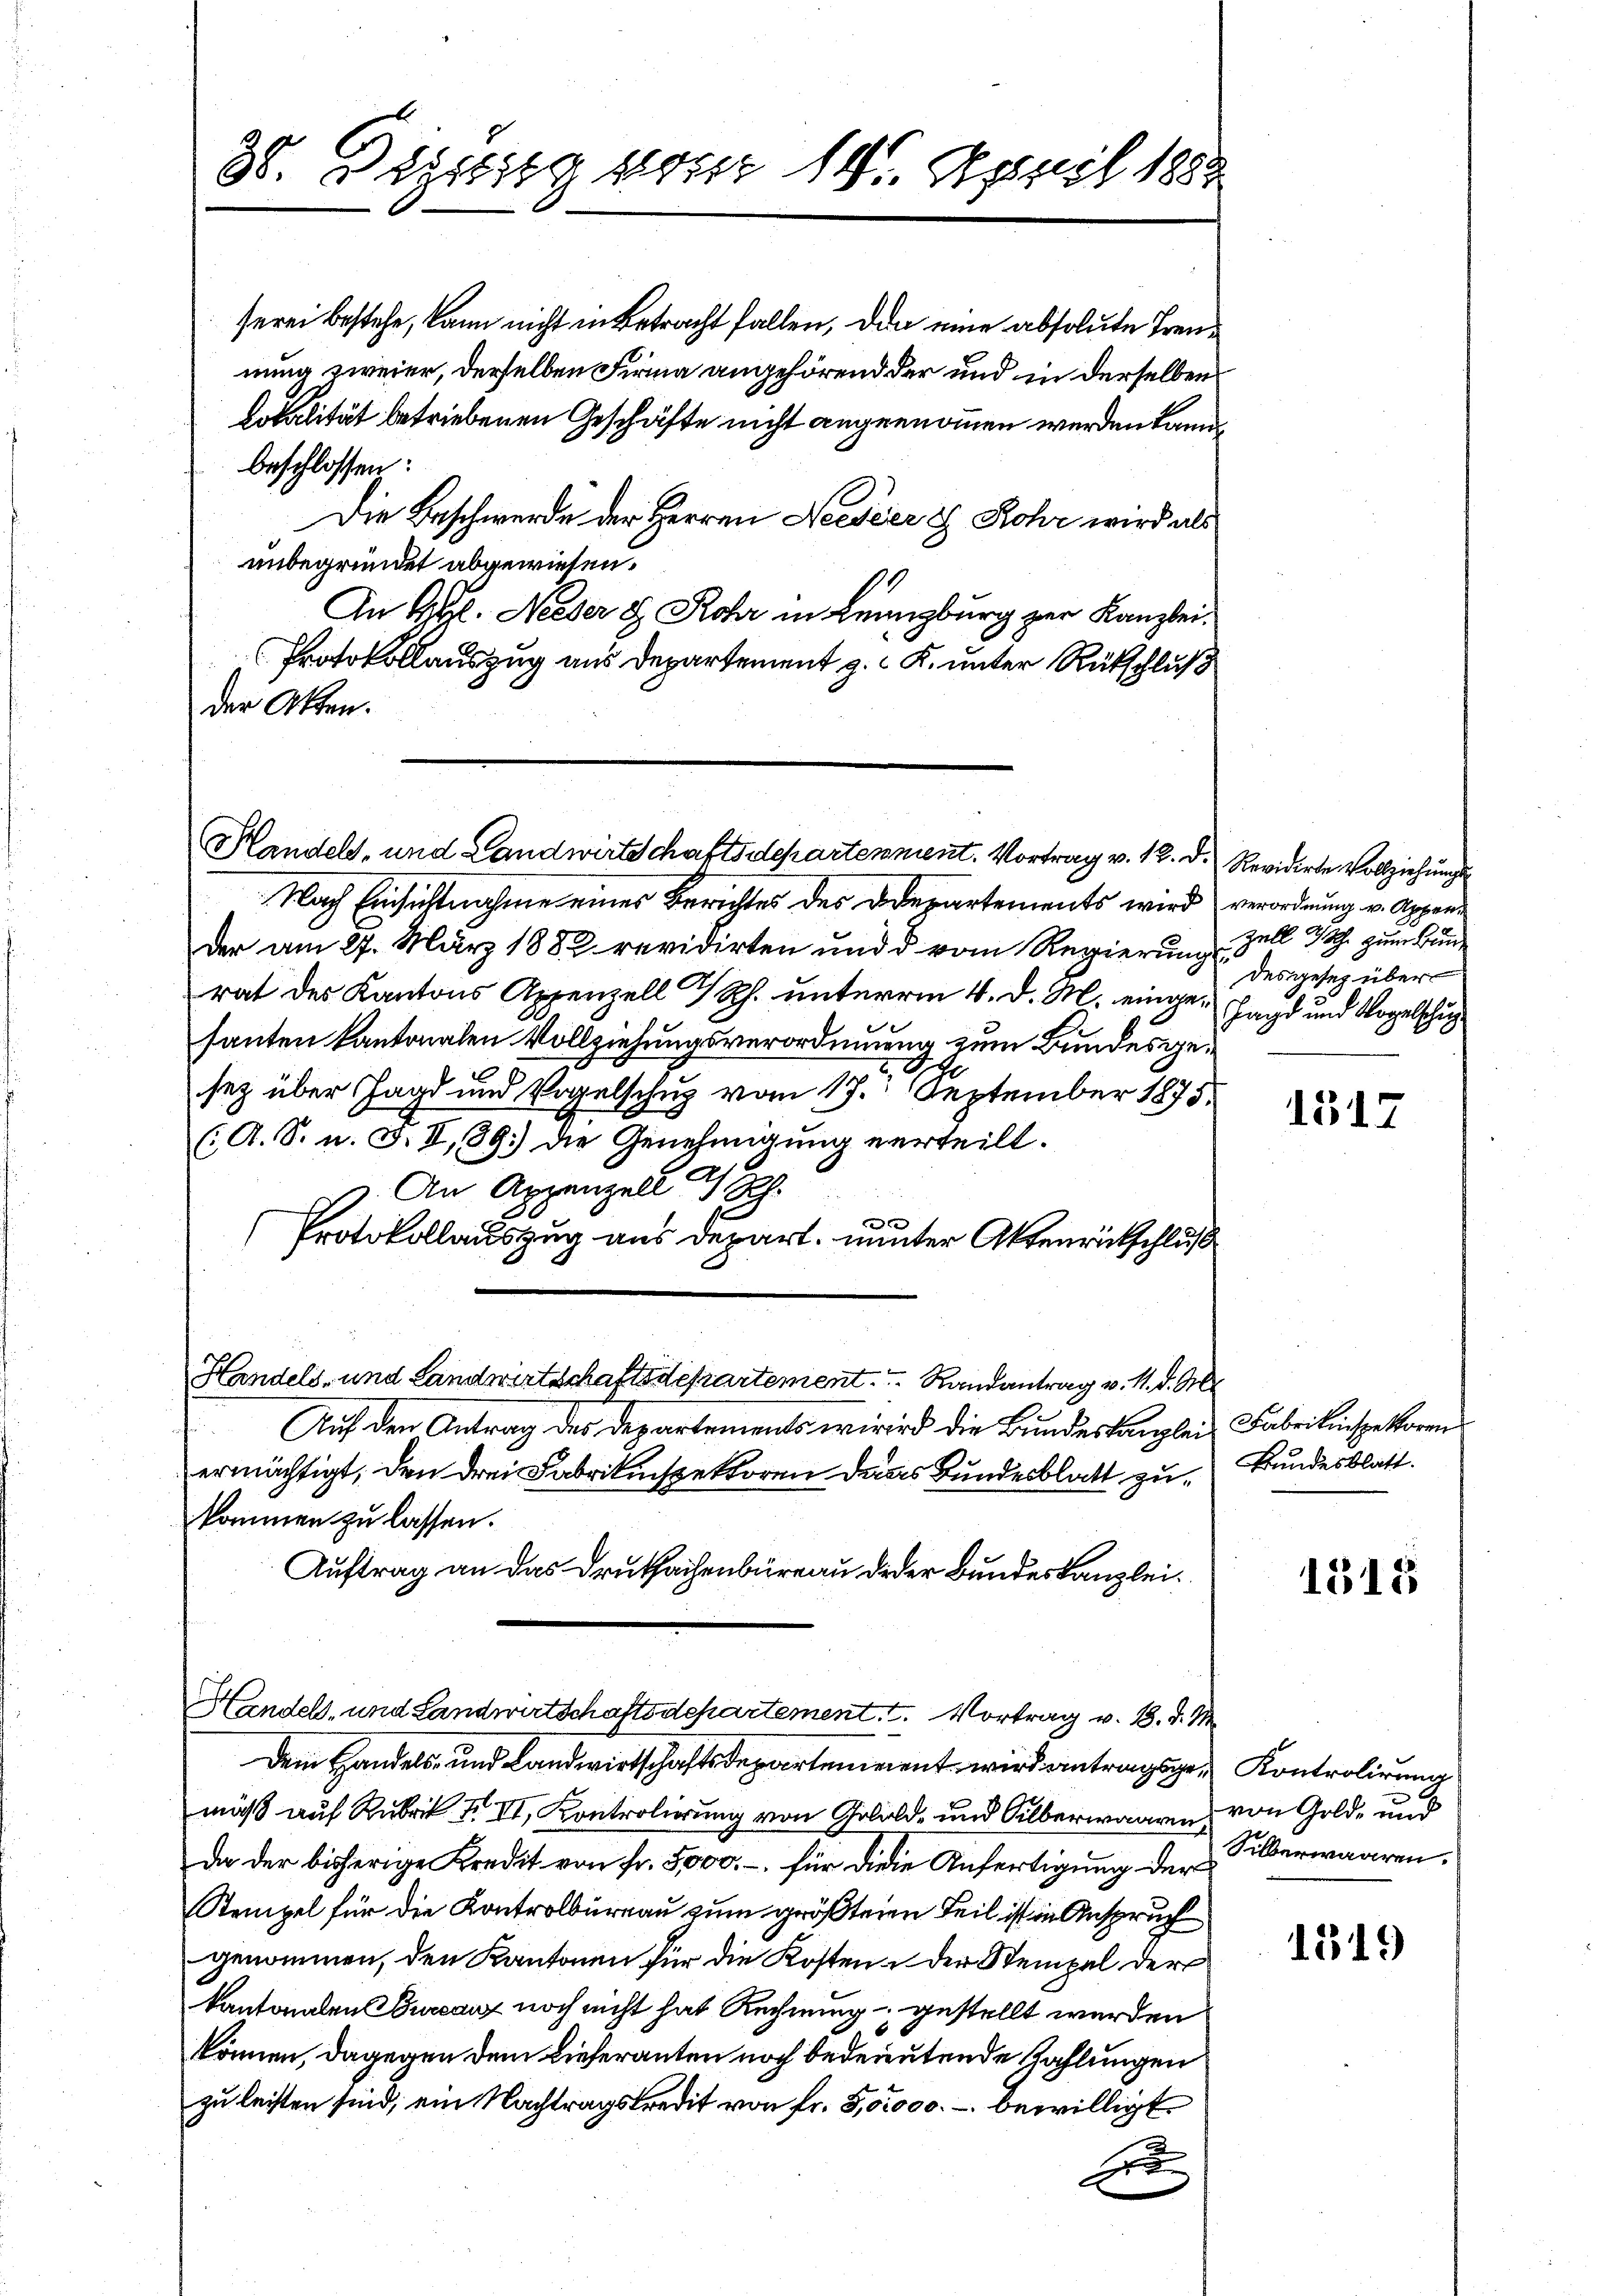
88. Beistig vom 14. April 1882

beschlossen:
Die Beschwerde der Herren Neeseer & Rohr wird als
unbegründet abgewiesen.
An Al. Neeser d. Rohr in Lenzburg zur Kanzlei.
Protokollauszug aus Departement z. K. unter Rückschluß
der Akten.

Handels, und Landwirtschaftsdepartement. Vortrag v. 12. D. Revidirte Vollziehungs

serei bestehe, kann nicht in Betracht fallen, da eine absolute Trennung zweier, derselben Firma angehörend der und in derselben
Lokalität betriebenen Geschäfte nicht angenommen werden kann

Nach Einsichtnahme eines Berichtes des Departements wird
der am 27. März 1882 revidirten und d vom Regierung
rat des Kantons Appenzell I/Rh. unterm 4. d. M. eingesanten kantonalen Vollziehungsverordnung zum Bundesgesez über Jagd und Vogelschuz vom 17. September 1875.
(A. S. n. F. II,89. die Genehmigung verteilt.
An Appenzell I/Rh.
x
Protokollauszug aus depart. unter Aktenrückschluß
Handels- und Landwirtschaftsdepartement. Randantrag v. 1. d. M.
Auf den Antrag des Departements wird die Bundeskanzlei Fabrikinspektoren
ermächtigt, den drei Fabrikinspektoren dass Bundesblatt zu
kommen zu lassen.
Auftrag an das Druksachenbüreau deder Bundeskanzlei.
Handels, und Landwirtschaftsdepartement. I. Vortrag v. 18. d. M.
Dem Handels- und Landwirtschaftsdepartement, wird antragsge-Kontrolirung
mäß auf Rubrik III. Kontrolierung von Gold- und Silberwaaren von Gold- und
da der bisherige Kredit von fr. 5000.- für diese Anfertigung der Silberwaaren.
Stempel für die Kontrolbureau zum größtenen Teil ist in Anspruch
genommen, den Kantonen für die Kosten & der Stempel der
kantonalen Bureaux noch nicht hat Rechnung gestellt werden
können, dagegen dem Lieferanten noch bedeutende Zahlungen
zu leisten sind, ein Nachtragskredit von fr. 5,00000.- bewilligt
f

verordnung v. Appen¬
Zell 3 Sch. zum Bundes gesez über
Jagd und Vogelschu

1517

Bundesblatt.

1515

1319